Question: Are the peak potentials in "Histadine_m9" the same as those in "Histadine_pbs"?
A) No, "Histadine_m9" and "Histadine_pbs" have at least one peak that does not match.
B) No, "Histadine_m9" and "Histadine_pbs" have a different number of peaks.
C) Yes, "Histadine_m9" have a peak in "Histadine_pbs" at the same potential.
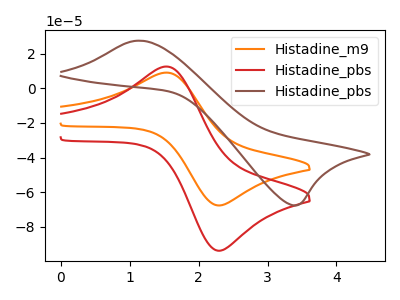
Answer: <think>The orange curve "Histadine_m9" has an anodic peak at (1.55V, 9.05uA) and a cathodic peak at (2.30V, -67.60uA). The red curve "Histadine_pbs" has an anodic peak at (1.55V, 12.55uA) and a cathodic peak at (2.30V, -93.70uA). The brown curve "Histadine_pbs" has an anodic peak at (1.10V, 27.45uA) and a cathodic peak at (3.45V, -67.50uA).</think>
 <answer>C) Yes, "Histadine_m9" have a peak in "Histadine_pbs" at the same potential.</answer>
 <eval>C</eval>